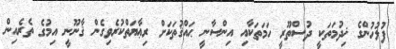
ފުލުހުންގެ ޚިދުމަތަކީ ދުސްތޫރީ ހަމަތަކާއި އިންސާނީ ޙައްޤުތަކަށް ރިޢާޔަތްކުރެވިގެން ޤާނޫނީ އިމުގެ ތެރެއިން